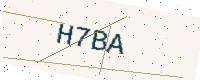
Text: H7BA